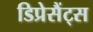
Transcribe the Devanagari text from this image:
डिप्रेसैंट्स